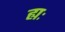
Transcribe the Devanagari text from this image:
ह्यः